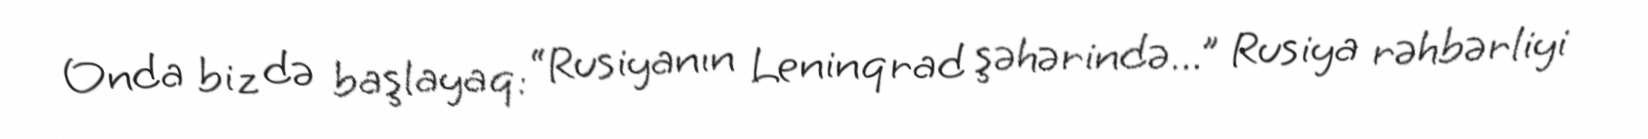
Onda biz də başlayaq: “Rusiyanın Leninqrad şəhərində...” Rusiya rəhbərliyi